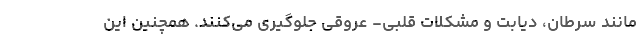
مانند سرطان، دیابت و مشکلات قلبی- عروقی جلوگیری می‌کنند. همچنین این